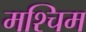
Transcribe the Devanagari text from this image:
मश्चिम